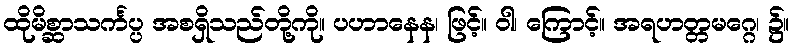
ထိုမိစ္ဆာသင်္ကပ္ပ အစရှိသည်တို့ကို။ ပဟာနေန၊ ဖြင့်။ ဝါ၊ ကြောင့်။ အရဟတ္တမဂ္ဂေ၊ ၌။